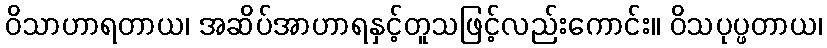
ဝိသာဟာရတာယ၊ အဆိပ်အာဟာရနှင့်တူသဖြင့်လည်းကောင်း။ ဝိသပုပ္ဖတာယ၊